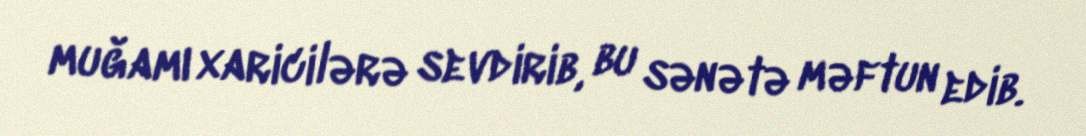
muğamı xaricilərə sevdirib, bu sənətə məftun edib.